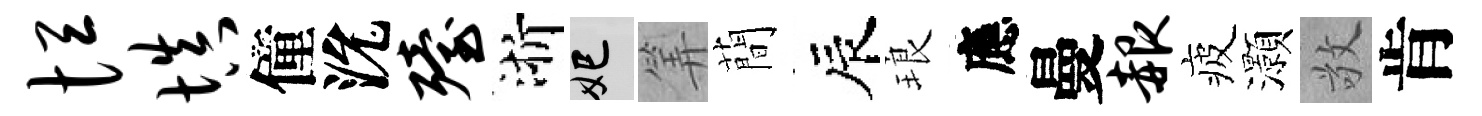
恒填僮沇殪浙妃筭蕳辰琅應曼赧疲灝敬肯